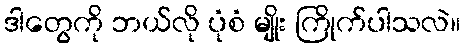
ဒါတွေကို ဘယ်လို ပုံစံ မျိုး ကြိုက်ပါသလဲ။